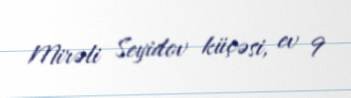
Mirəli Seyidov küçəsi, ev 9